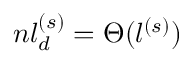
n l _ { d } ^ { ( s ) } = \Theta ( l ^ { ( s ) } )